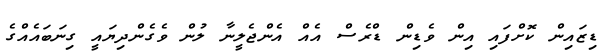
ޑިޒައިން ކޮށްފައި އިން ވެޑިން ޑްރެސް އެއް އެންޖެލީނާ ލުން ވެގެންދިޔައީ ގިނަބައެއްގެ